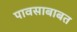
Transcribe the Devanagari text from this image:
पावसाबाबत